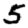
Digit: 5